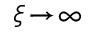
\xi \! \to \! \infty